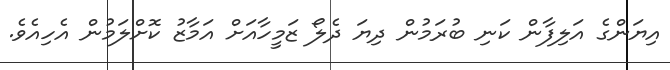
އިޔަންގެ އަލިފާން ކަނި ބުރަމުން ދިޔަ ދެލޯ ޒަމީހާއަށް އަމާޒު ކޮށްލަމުން އެހިއެވެ.